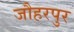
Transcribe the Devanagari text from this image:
जौहरपुर